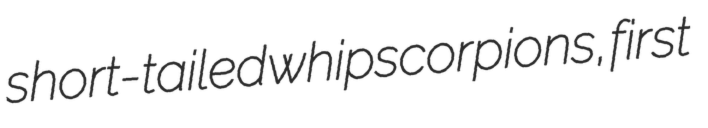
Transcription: short-tailed whipscorpions, first